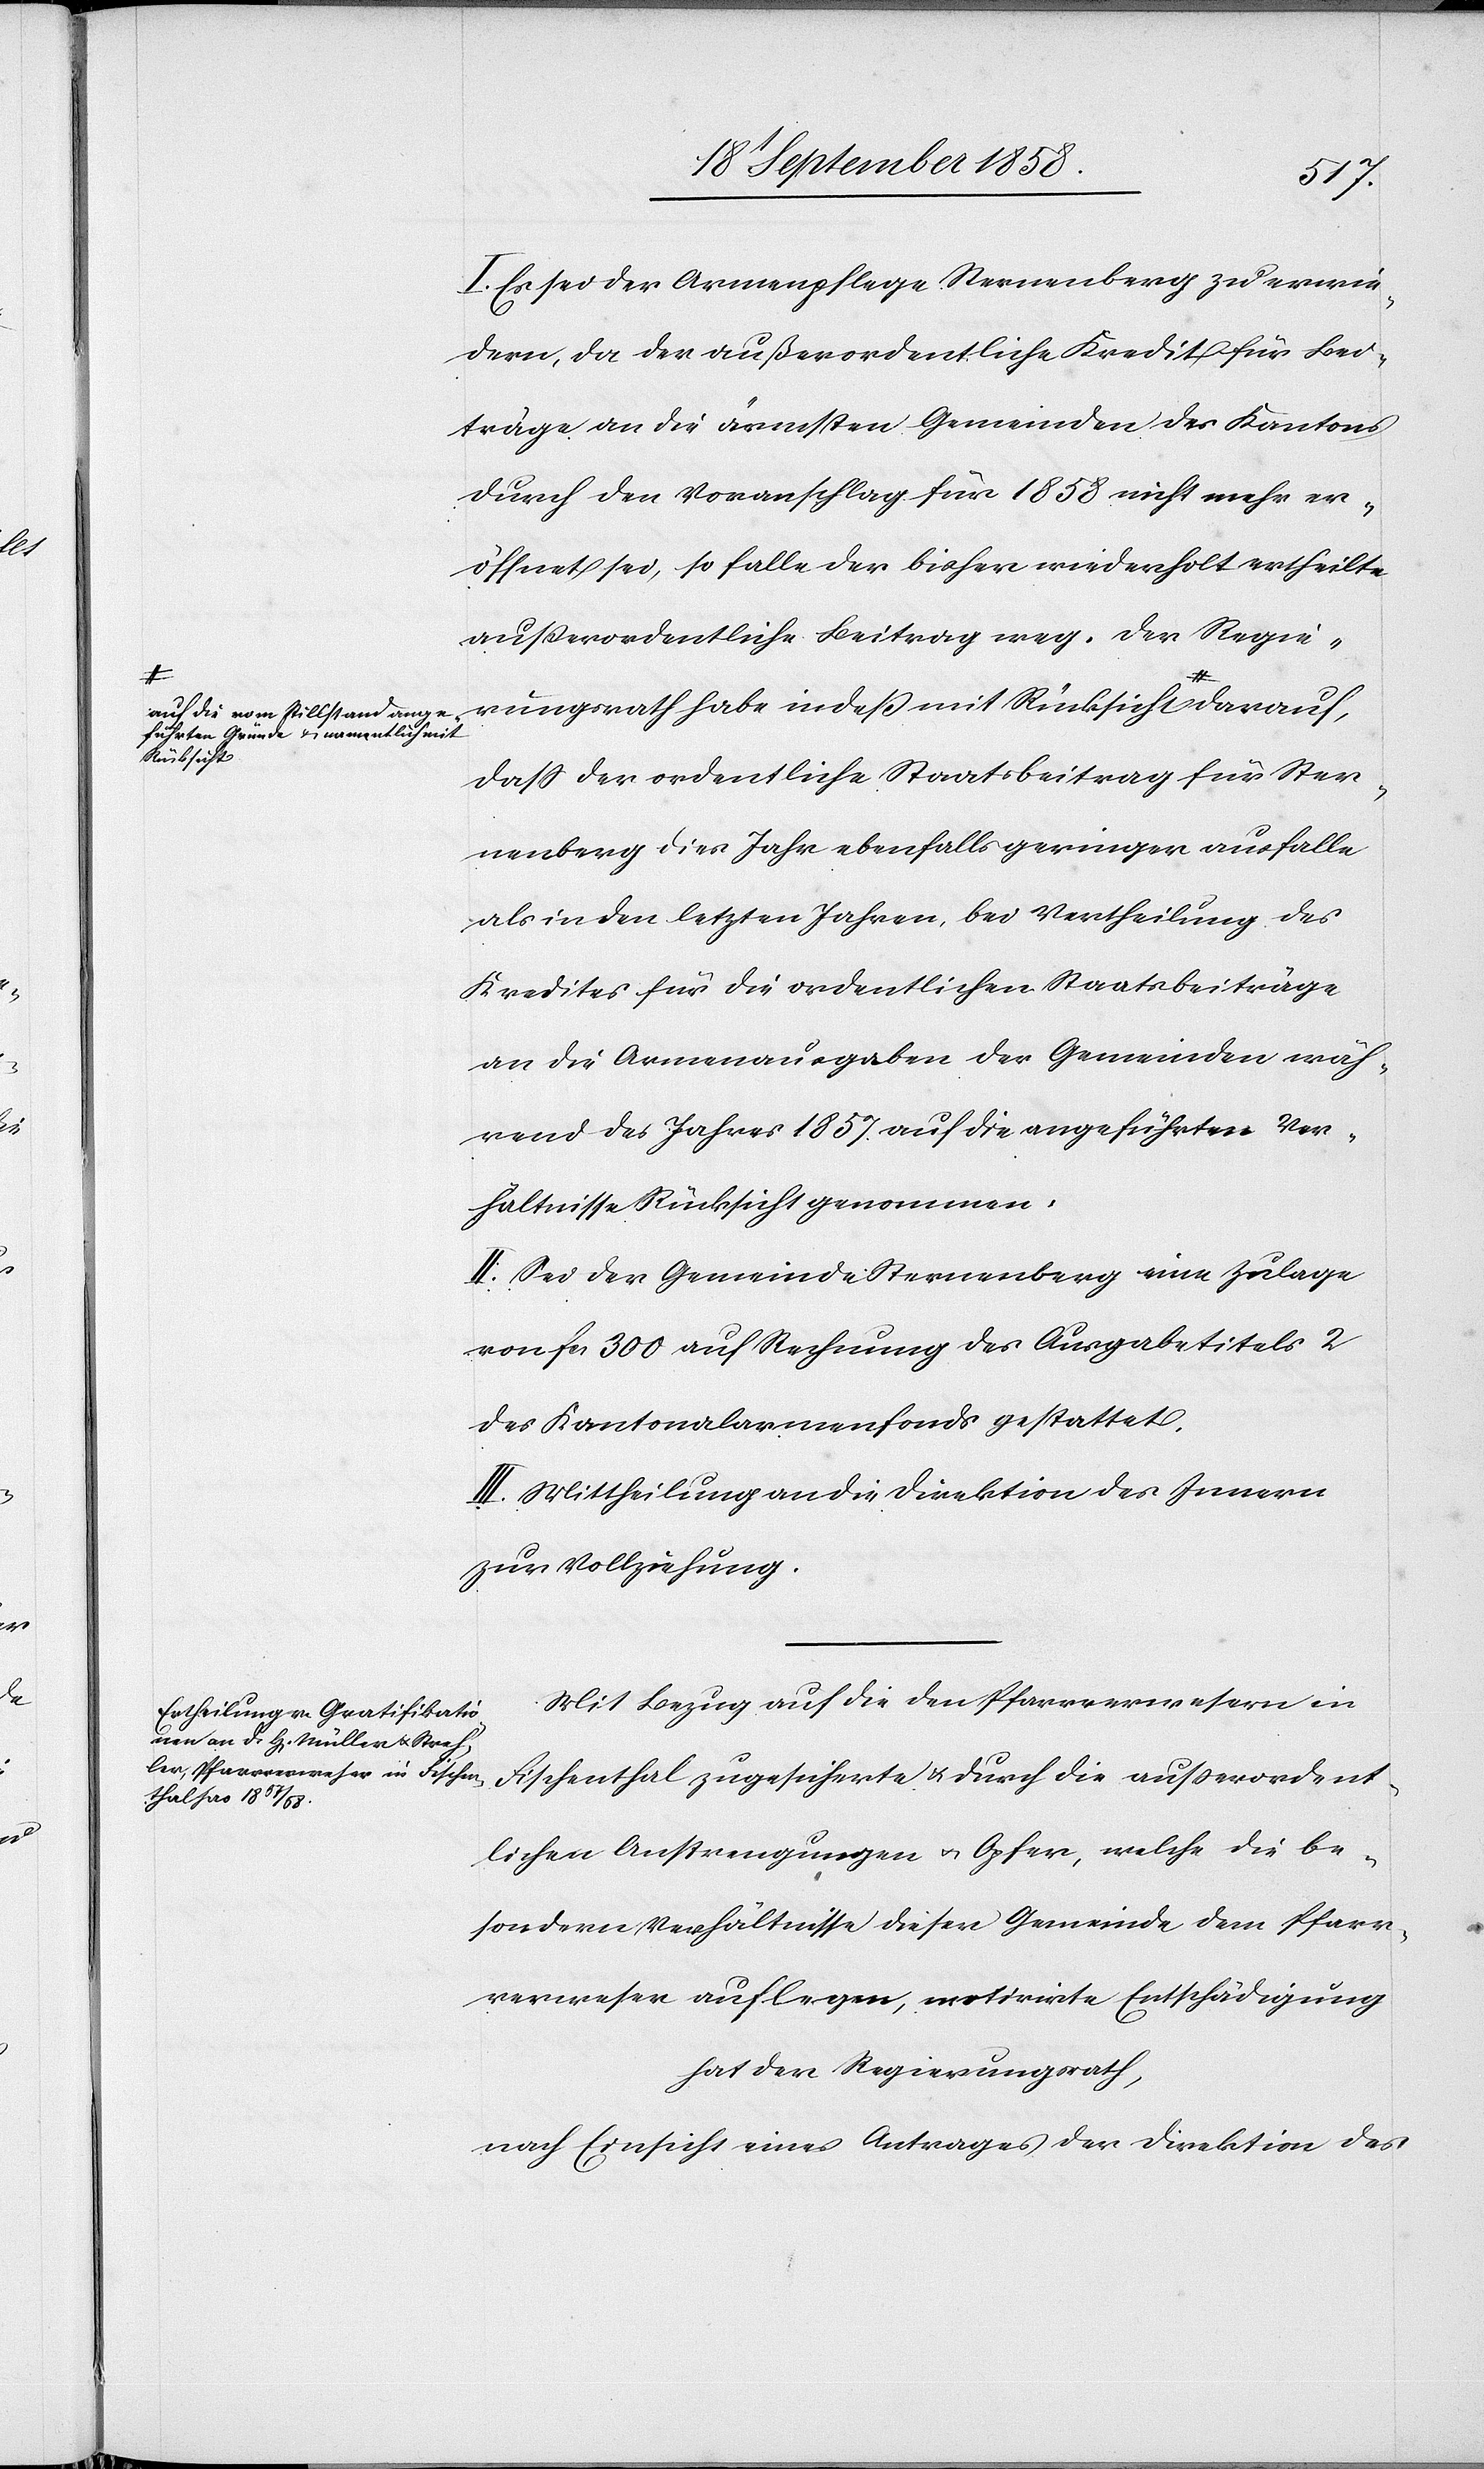
f die vom Stillstand ange¬
führten Gründe & namentlich mit
Rücksicht-a

I. Es sei der Armenpflege Sternenberg zu erwie¬
dern, da der außerordentliche Kredit für Bei¬
träge an die ärmsten Gemeinden des Kantons
durch den Voranschlag für 1858 nicht mehr er¬
öffnet sei, so falle der bisher wiederholt ertheilte
außerordentliche Beitrag weg. Der Regie¬
rungsrath habe indeß mit Rücksicht a-au¬
dass der ordentliche Staatsbeitrag für Ster¬
nenberg dies Jahr ebenfalls geringer ausfalle
als in den letzten Jahren, bei Vertheilung des
Kredites für die ordentlichen Staatsbeiträge
an die Armenausgaben der Gemeinden wäh¬
rend des Jahres 1857 auf die angeführten Ver¬
hältnisse Rücksicht genommen.
II. Sei der Gemeinde Sternenberg eine Zulage
von fcs. 300 auf Rechnung des Ausgabetitels 2
des Kantonalarmenfonds gestattet.
III. Mittheilung an die Direktion des Innern
zur Vollziehung.
Mit Bezug auf die den Pfarrverwesern in
Fischenthal zugesicherte & durch die ausserordent¬
lichen Anstrengungen & Opfer, welche die be¬
sondern Verhältnisse dieser Gemeinde dem Pfarr¬
verweser auflegen, motivirte Entschädigung
hat der Regierungsrath,
nach Einsicht eines Antrages der Direktion des